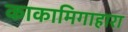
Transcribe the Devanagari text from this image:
काकामिगाहारा